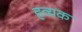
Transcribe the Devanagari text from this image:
हव्यक